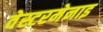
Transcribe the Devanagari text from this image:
वेस्टरमेनाइ